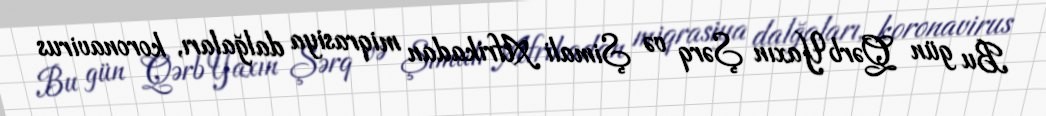
Bu gün Qərb Yaxın Şərq və Şimali Afrikadan miqrasiya dalğaları, koronavirus